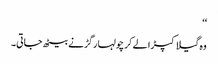
‘‘
وہ گیلا کپڑا لے کر چولہا رگڑنے بیٹھ جاتی۔